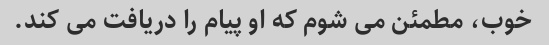
خوب، مطمئن می شوم که او پیام را دریافت می کند.